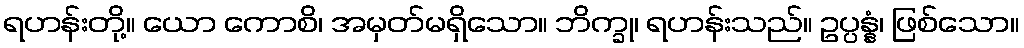
ရဟန်းတို့။ ယော ကောစိ၊ အမှတ်မရှိသော။ ဘိက္ခု၊ ရဟန်းသည်။ ဥပ္ပန္နံ၊ ဖြစ်သော။